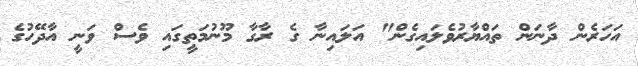
އަހަރެން ދާނަން ތައްޔާރުވެލައިގެން" އަލައިނާ ގެ ރާގާ މޫނުމަތީގައި ވެސް ވަނީ އާދޭހުގެ